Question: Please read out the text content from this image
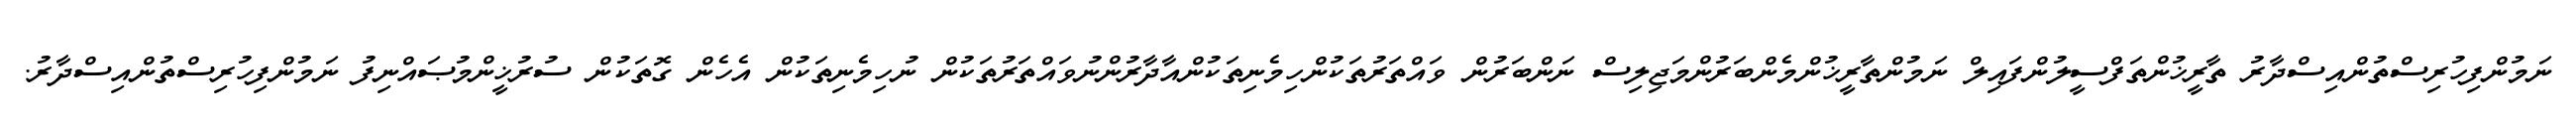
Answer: ނަމުންފިހުރިސްތުންއިސްދާރު ތާރީޚުންތަފްސީލުންފައިލް ނަމުންތާރީޚުންމެންބަރުންމަޖިލިސް ނަންބަރުން ވައްތަރުތަކުންހިމެނިތަކުންއާދާރުންނުވައްތަރުތަކުން ނުހިމެނިތަކުން އެހެން ގޮތަކުން ސުރުޚީންމުޞައްނިފު ނަމުންފިހުރިސްތުންއިސްދާރު.